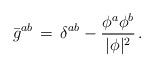
LaTeX: \begin{align*}\bar{g}^{ab}\, =\, \delta^{ab} - {\phi^a \phi^b\over |\phi|^2}\, .\end{align*}